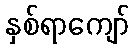
နှစ်ရာကျော်